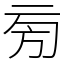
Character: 㫄